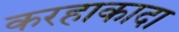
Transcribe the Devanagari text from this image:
करहाकादा